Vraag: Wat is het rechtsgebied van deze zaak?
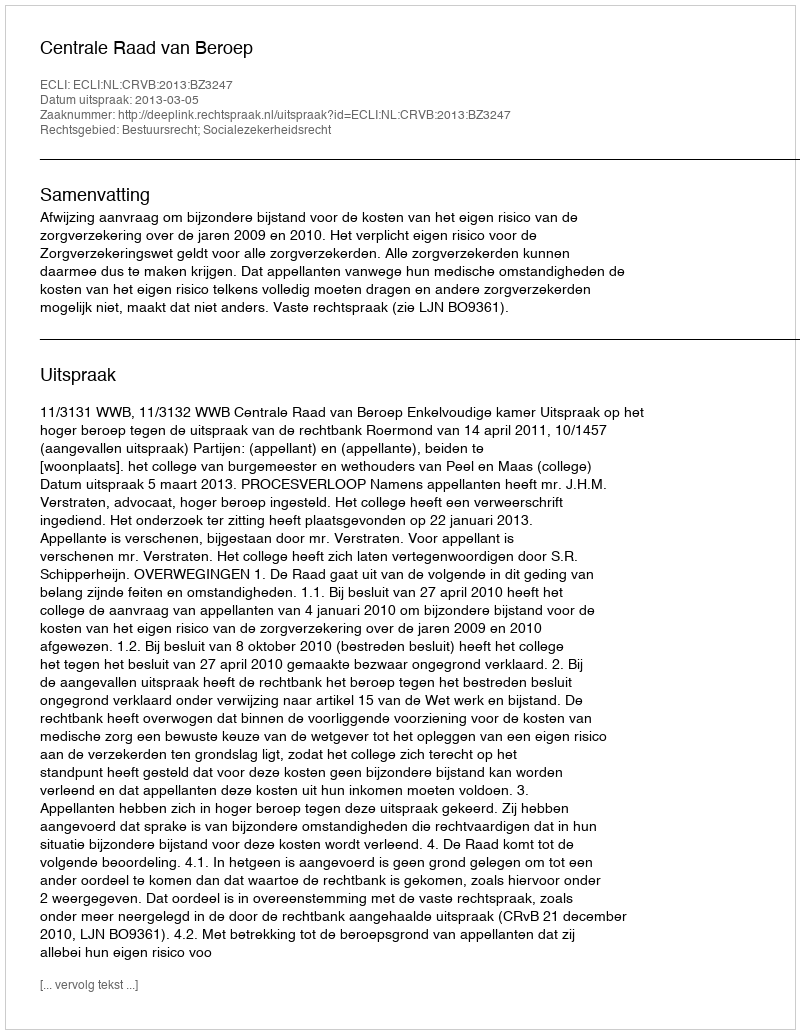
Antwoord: Bestuursrecht; Socialezekerheidsrecht